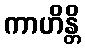
ကာဟိန္တိ